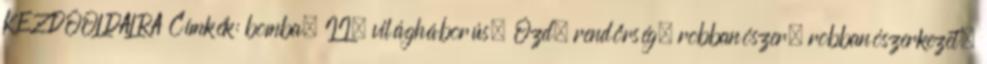
KEZDŐOLDALRA Címkék: bomba, II. világháborús, Ózd, rendőrség, robbanószer, robbanószerkezet,